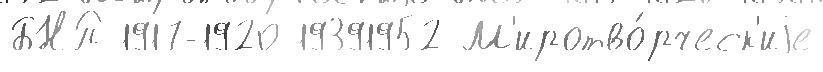
БНП 1917-1920 19391952 М'иротво́рческ'иjе